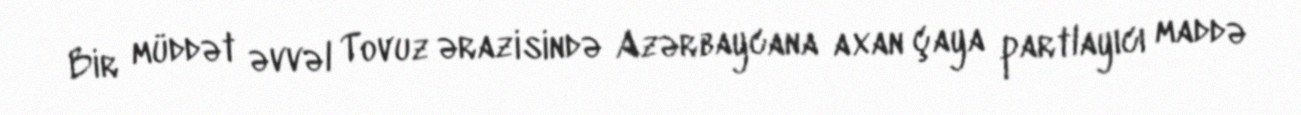
Bir müddət əvvəl Tovuz ərazisində Azərbaycana axan çaya partlayıcı maddə